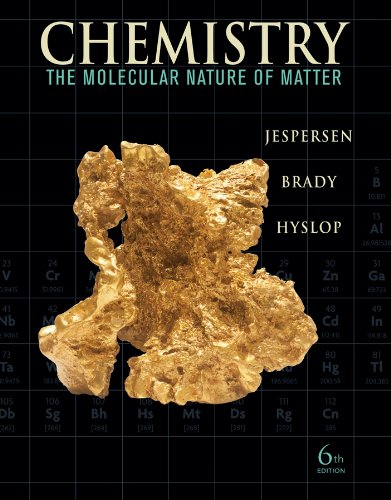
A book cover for Chemistry: The Molecular Nature of Matter; Neil D. Jespersen; Science & Math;